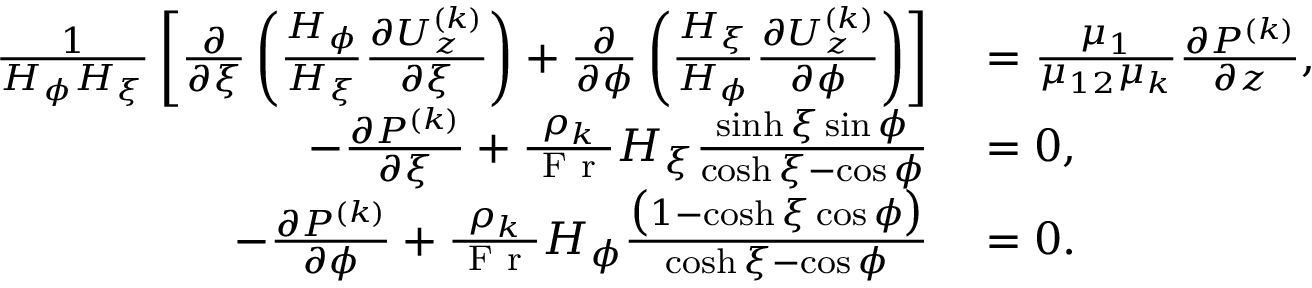
\begin{array} { r l } { \frac { 1 } { H _ { \phi } H _ { \xi } } \left[ \frac { \partial } { \partial \xi } \left( \frac { H _ { \phi } } { H _ { \xi } } \frac { \partial U _ { z } ^ { ( k ) } } { \partial \xi } \right) + \frac { \partial } { \partial \phi } \left( \frac { H _ { \xi } } { H _ { \phi } } \frac { \partial U _ { z } ^ { ( k ) } } { \partial \phi } \right) \right] } & { { } = \frac { \mu _ { 1 } } { \mu _ { 1 2 } \mu _ { k } } \frac { \partial P ^ { ( k ) } } { \partial z } , } \\ { - \frac { \partial P ^ { ( k ) } } { \partial \xi } + \frac { \rho _ { k } } { \mathrm { ~ F ~ r ~ } } H _ { \xi } \frac { \sinh \xi \sin \phi } { \cosh \xi - \cos \phi } } & { { } = 0 , } \\ { - \frac { \partial P ^ { ( k ) } } { \partial \phi } + \frac { \rho _ { k } } { \mathrm { ~ F ~ r ~ } } H _ { \phi } \frac { \bigl ( 1 - \cosh \xi \cos \phi \bigr ) } { \cosh \xi - \cos \phi } } & { { } = 0 . } \end{array}